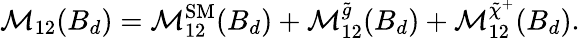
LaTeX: \mathcal{M}_{12}(B_{d})=\mathcal{M}_{12}^{\mathrm{SM}}(B_{d})+\mathcal{M}_{12}^{\tilde{g}}(B_{d})+\mathcal{M}_{12}^{\tilde{\chi}^{+}}(B_{d}).